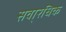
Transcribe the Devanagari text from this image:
सवा्रधिक